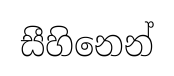
සීහිනෙන්